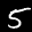
Label: 5